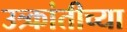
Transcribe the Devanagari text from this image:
उत्र्कांतीच्या